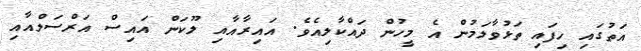
އަތުގައި ހިފައި ތަޅުވާލަމުން އެ މީހުން ދައްކާލިއެވެ. އައިރާއާއި ލޫކަން އައިސް އަރްސަލްއާއި